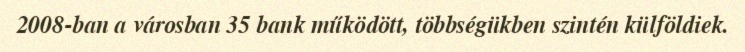
2008-ban a városban 35 bank működött, többségükben szintén külföldiek.